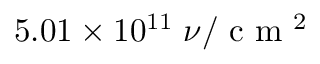
5 . 0 1 \times 1 0 ^ { 1 1 } \; \nu / \textrm { c m } ^ { 2 }